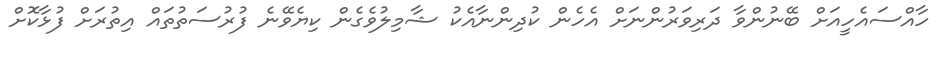
ހާއްސައެހީއަށް ބޭނުންވާ ދަރިވަރުންނަށް އެހެން ކުދިންނާއެކު ޝާމިލުވެގެން ކިޔެވޭނެ ފުރުސަތުތައް އިތުރަށް ފުޅާކޮށް